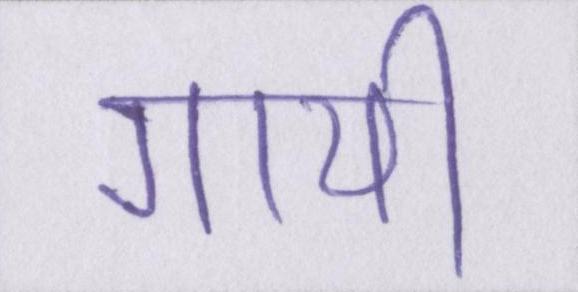
गायी